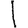
Digit: 1